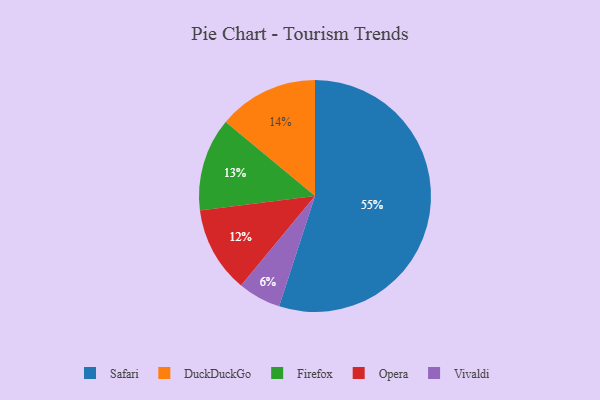
{"axis": {"x": "Category", "y": "Percentage"}, "legend": ["DuckDuckGo", "Firefox", "Opera", "Safari", "Vivaldi"], "data": [{"x": "Firefox", "y": 13, "type": "Firefox"}, {"x": "Safari", "y": 55, "type": "Safari"}, {"x": "DuckDuckGo", "y": 14, "type": "DuckDuckGo"}, {"x": "Vivaldi", "y": 6, "type": "Vivaldi"}, {"x": "Opera", "y": 12, "type": "Opera"}]}